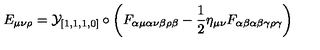
E _ { \mu \nu \rho } = { \cal { Y } } _ { [ 1 , 1 , 1 , 0 ] } \circ \left( F _ { \alpha \mu \alpha \nu \beta \rho \beta } - \frac { 1 } { 2 } \eta _ { \mu \nu } F _ { \alpha \beta \alpha \beta \gamma \rho \gamma } \right)